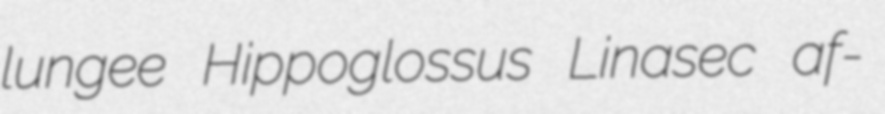
lungee Hippoglossus Linasec af-